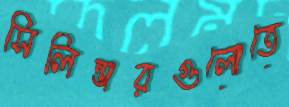
সিলিন্ডারগুলোতে